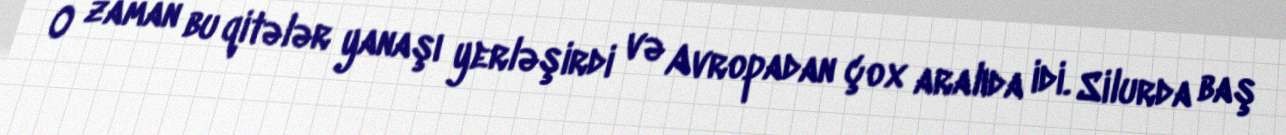
O zaman bu qitələr yanaşı yerləşirdi və Avropadan çox aralıda idi. Silurda baş